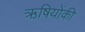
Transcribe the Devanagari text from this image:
ऋषियोंकी